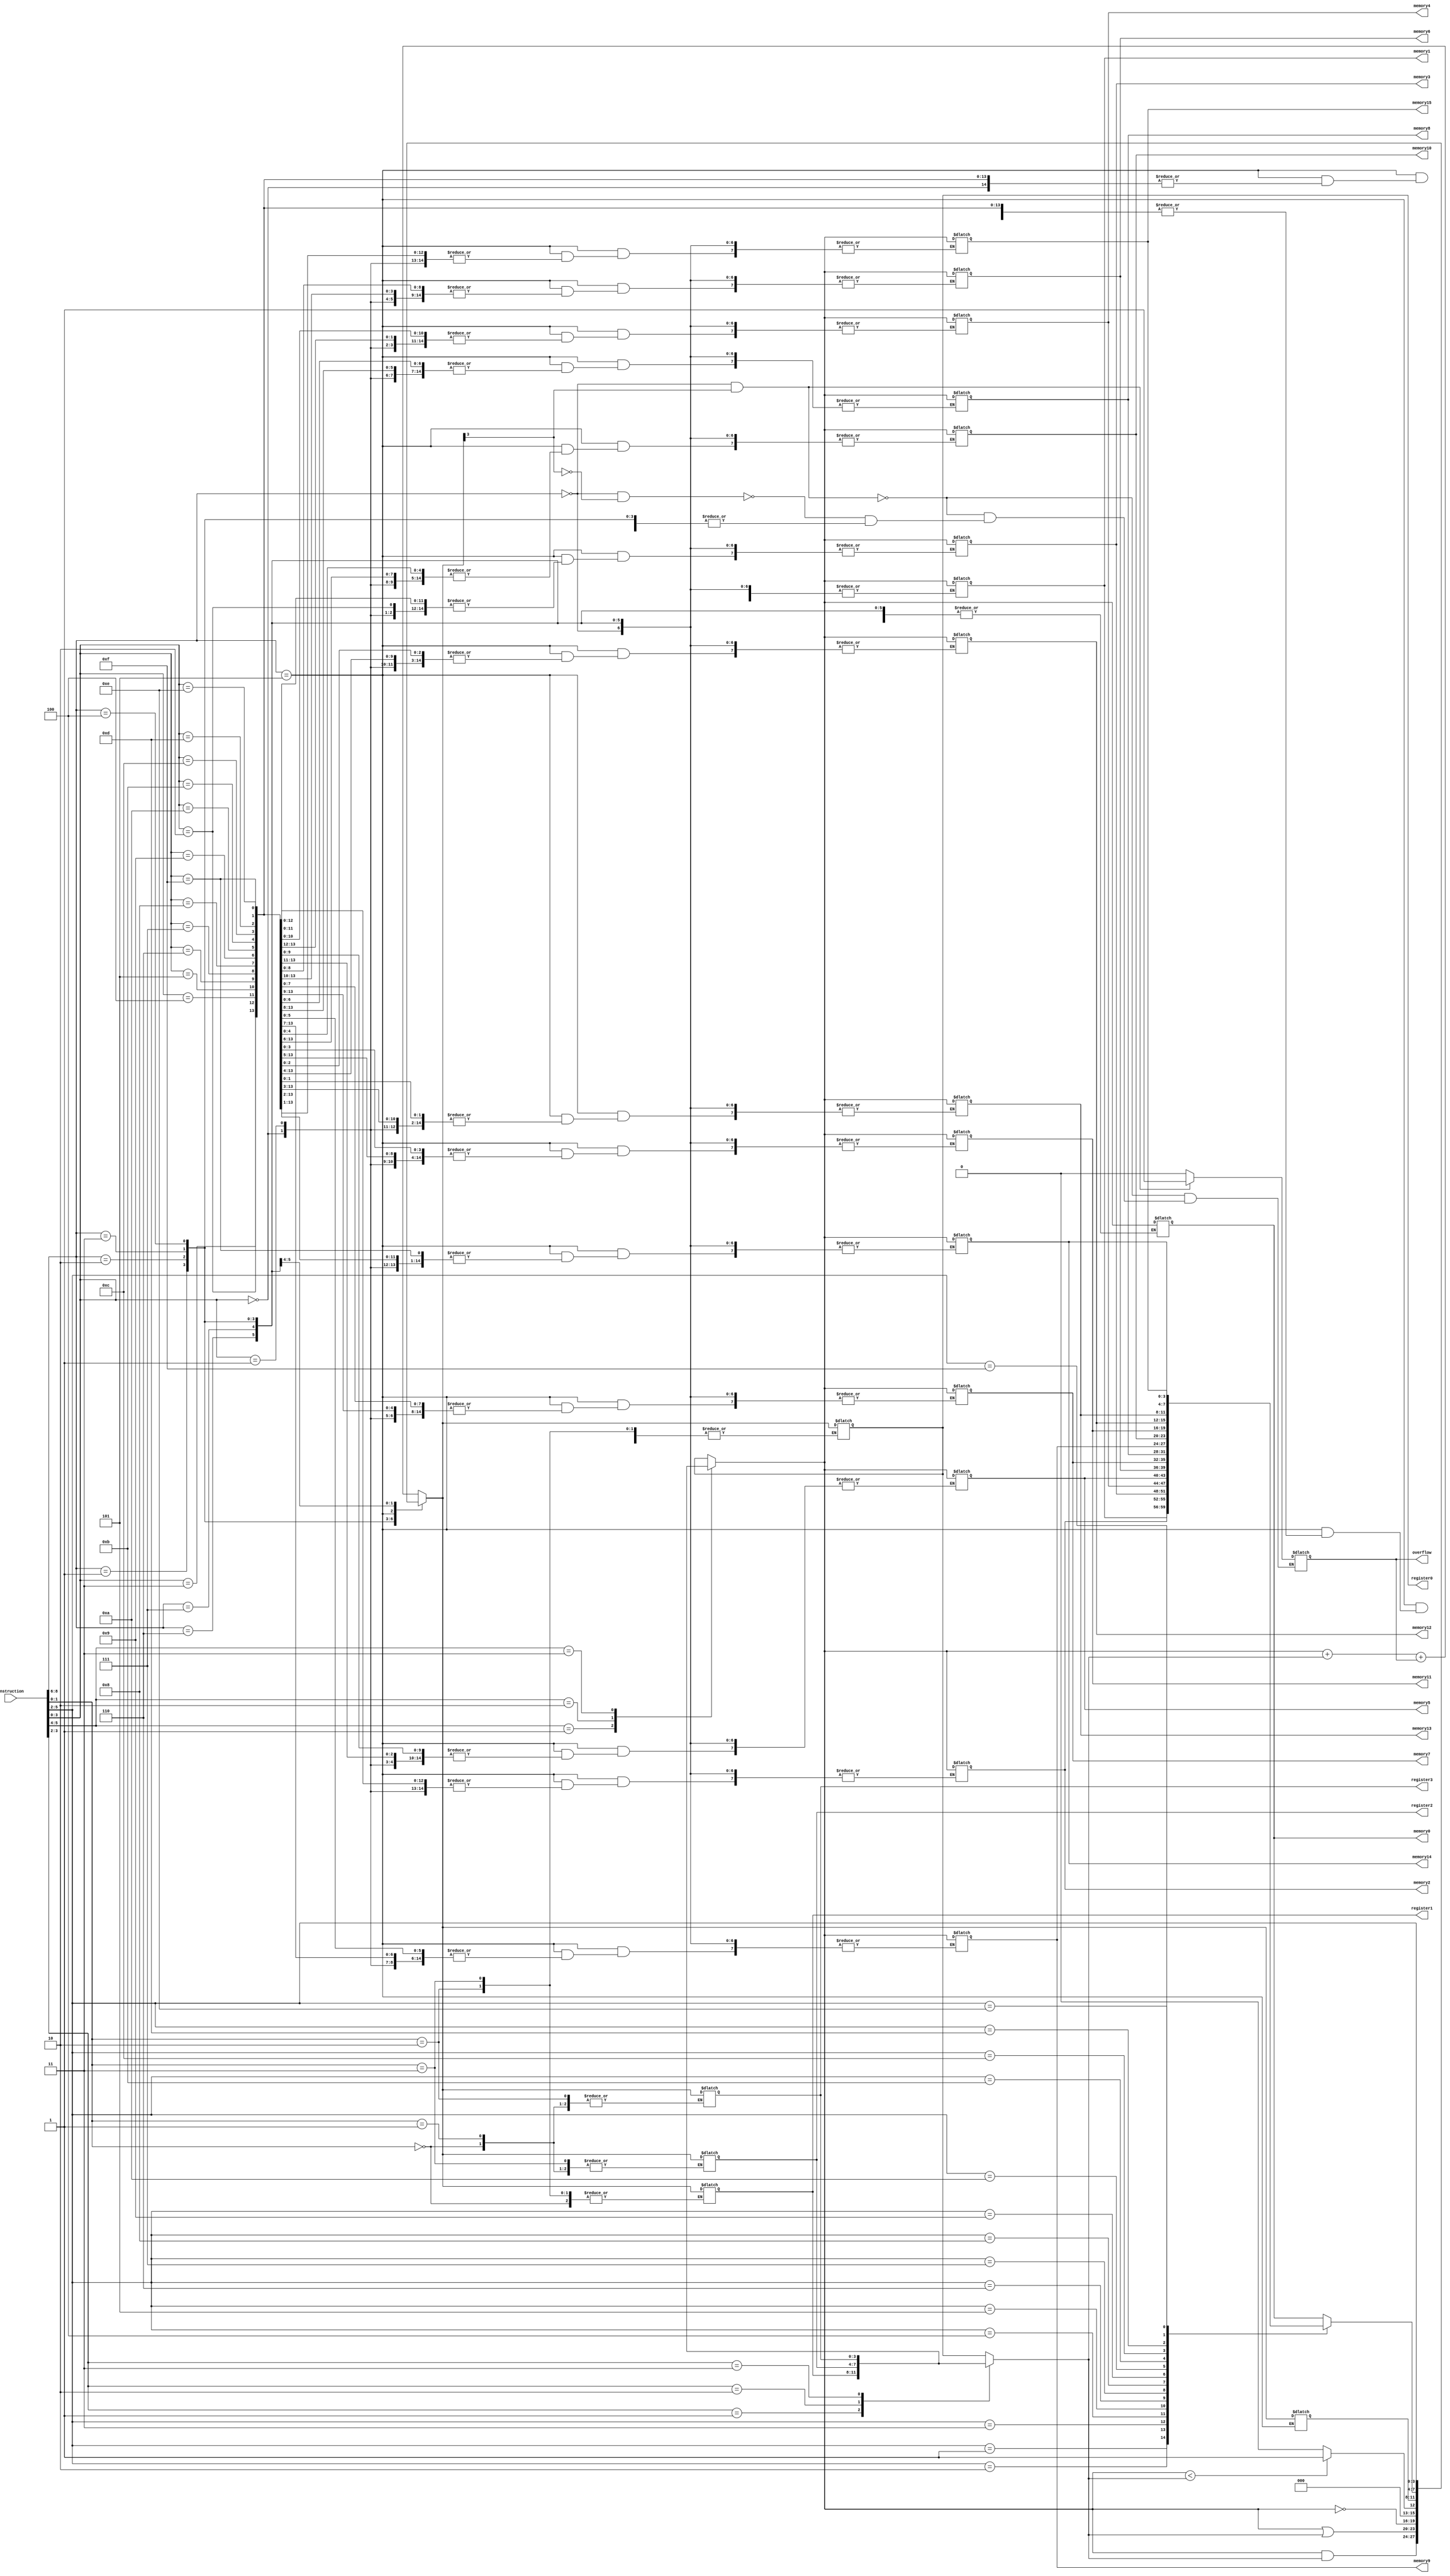
module newcpu(instruction, register0, register1, register2, register3,
			memory0, memory1, memory2, memory3, memory4, memory5, memory6, memory7,
			memory8, memory9, memory10, memory11, memory12, memory13, memory14, memory15,overflow);
input [8:0] instruction;
output [3:0] register0; output [3:0] register1; output [3:0] register2; output [3:0] register3;
output [3:0] memory0; output [3:0] memory1; output [3:0] memory2; output [3:0] memory3;
output [3:0] memory4; output [3:0] memory5; output [3:0] memory6; output [3:0] memory7;
output [3:0] memory8; output [3:0] memory9; output [3:0] memory10; output [3:0] memory11;
output [3:0] memory12; output [3:0] memory13; output [3:0] memory14; output [3:0] memory15;
output overflow;
reg [3:0] register [3:0];
reg [3:0] memory [15:0];
reg overflow1=0;//set overflow =0

integer i;
initial
begin
	for (i = 0; i < 4; i = i + 1)
	register [i] = 4'b0000;
	for (i = 0; i < 16; i = i + 1)
	memory[i] = 4'b0000;
end
reg [3:0] j=0;
always@(j,instruction,register[0],register[1],register[2],register[3],memory[0],memory[1]
	,memory[2],memory[3],memory[4],memory[5],memory[6],memory[7],memory[8],memory[9]
	,memory[10],memory[11],memory[12],memory[13],memory[14],memory[15],overflow1)
begin
	case(instruction[8:6])
	3'b000:
	begin
	j=register[instruction[5:4]]+register[instruction[3:2]]+overflow1;//rd=rs+rt+last time's carry 
	overflow1=0;//set overflow to 0
	end
	3'b001:
	j=register[instruction[5:4]]&register[instruction[3:2]];
	3'b010:
	j=register[instruction[5:4]]|register[instruction[3:2]];
	3'b011:
	j=~register[instruction[5:4]];
	3'b100:
	if(register[instruction[5:4]]<register[instruction[3:2]])
		j=1;
	else
		j=0;
	3'b101:
	memory[instruction[3:0]]=register[instruction[5:4]];
	3'b110:
	j=memory[instruction[5:2]];
	3'b111:
	j=instruction[5:2];
	endcase
	if(instruction[8:6]==000&j[3]==1)
		overflow1=1;//if overflow,'overflow1'=1
	else if(instruction[8:6]==000&j[3]==0)
		overflow1=0;//if not overflow ,'overflow'=0
	case(instruction[1:0])
	2'b00:register[0]=j;
	2'b01:register[1]=j;
	2'b10:register[2]=j;
	2'b11:register[3]=j;
	endcase
end



assign register0 = register[0]; assign register1 = register[1];
assign register2 = register[2]; assign register3 = register[3];
assign memory0 = memory[0]; assign memory1 = memory[1];
assign memory2 = memory[2]; assign memory3 = memory[3];
assign memory4 = memory[4]; assign memory5 = memory[5];
assign memory6 = memory[6]; assign memory7 = memory[7];
assign memory8 = memory[8]; assign memory9 = memory[9];
assign memory10 = memory[10]; assign memory11 = memory[11];
assign memory12 = memory[12]; assign memory13 = memory[13];
assign memory14 = memory[14]; assign memory15 = memory[15];
assign overflow=overflow1;

endmodule